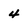
Character: 4